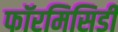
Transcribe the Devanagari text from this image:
फॉरमिसिडी